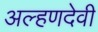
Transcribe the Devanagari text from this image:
अल्हणदेवी